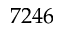
7 2 4 6